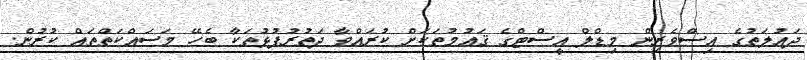
ދައުލަތުގެ އިސްވެރިން މިޑްލް އީސްޓްގެ ޤައުމުތަކަށް ކުރައްވާ ދަތުރުފުޅުތަކާ ބެހޭ މަސައްކަތްތައް ކުރުން.